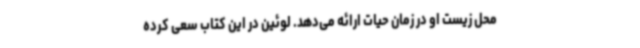
محل زیست او در زمان حیات ارائه می‌دهد. لوئین در این کتاب سعی کرده